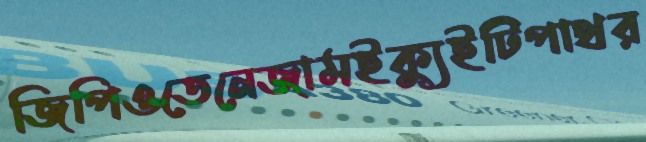
জিপিওতেনেজামইক্যুইটিপাথর